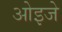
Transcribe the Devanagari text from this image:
ओइजे